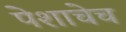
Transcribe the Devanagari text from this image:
पेशाचेच